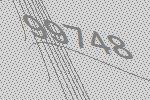
99748